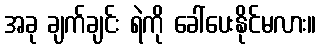
အခု ချက်ချင်း ရဲကို ခေါ်ပေးနိုင်မလား။